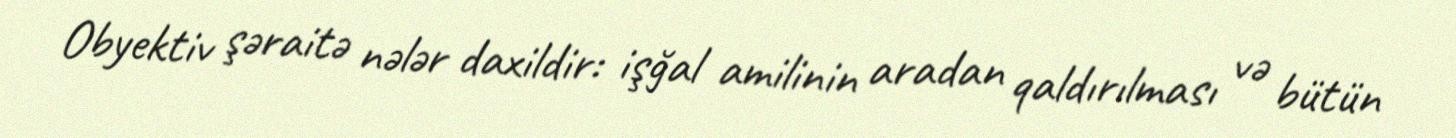
Obyektiv şəraitə nələr daxildir: işğal amilinin aradan qaldırılması və bütün